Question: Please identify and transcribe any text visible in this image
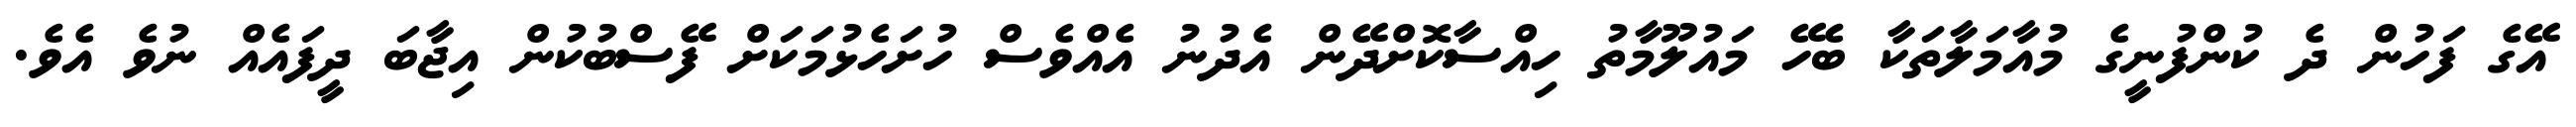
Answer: އޭގެ ފަހުން ދެ ކުންފުނީގެ މުއާމަލާތަކާ ބެހޭ މައުލޫމާތު ހިއްސާކޮށްދޭން އެދުނު އެއްވެސް ހުށަހެޅުމަކަށް ފޭސްބުކުން އިޖާބަ ދީފައެއް ނުވެ އެވެ.